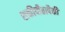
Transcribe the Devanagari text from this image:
शक्तीपीठापैकी